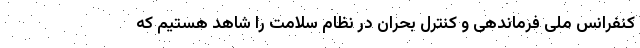
کنفرانس ملی فرماندهی و کنترل بحران در نظام سلامت را شاهد هستیم که